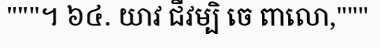
"""។ ៦៤. យាវ ជីវម្បិ ចេ ពាលោ,"""